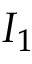
I _ { 1 }